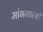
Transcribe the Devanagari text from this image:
मांगगारुडी